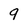
Character: g